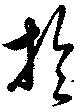
於